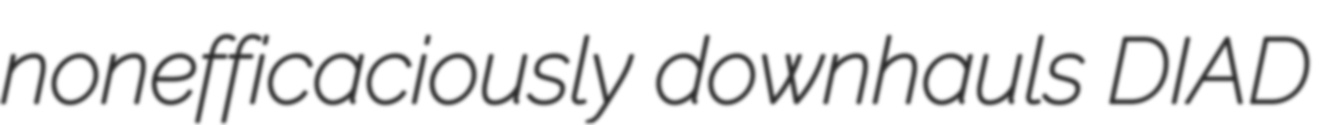
nonefficaciously downhauls DIAD